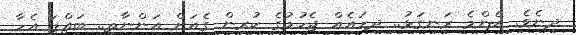
ދިނެވެ. އެންމެ ރަނގަޅު.. ދިހައެއް ޖެހުމުގެ ކުރިން ގެއަށް އަންނާތި.. ބައްޕަ އެހާ